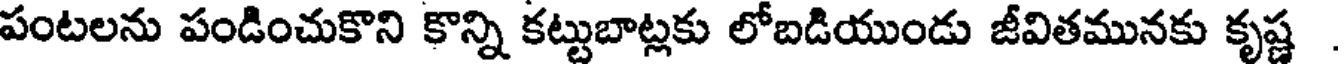
పంటలను పండించుకొని కొన్ని కట్టుబాట్లకు లోబడియుండు జీవితమునకు కృష్ణ